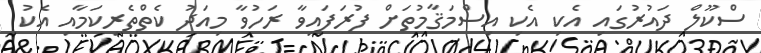
ސްކޫލް ދައުރުގައި އެކި އެކި އިސްމަޤާމުތަށް ފުރަފައިވާ ރަހުވާ މިއަދު ކެތްތެރިކަމާއި އެކު